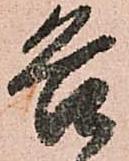
各